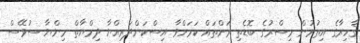
ޤާހިރާގެ އިތުރުން މިސްރުގެ ބޮޑެތި ރަށްތައް ކަމަށްވާ އިސްކަންދަރިއްޔާ ދިމްޔާތް މިންޔާ ސުވޭސް